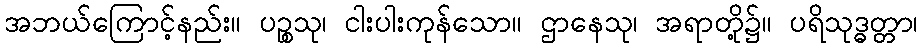
အဘယ်ကြောင့်နည်း။ ပဉ္စသု၊ ငါးပါးကုန်သော။ ဌာနေသု၊ အရာတို့၌။ ပရိသုဒ္ဓတ္တာ၊